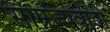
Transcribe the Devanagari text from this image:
साम्रज्यवादी